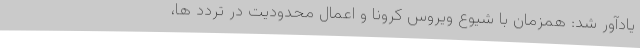
یادآور شد: همزمان با شیوع ویروس کرونا و اعمال محدودیت در تردد ها،